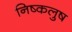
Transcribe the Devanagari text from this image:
निष्कलुष